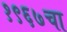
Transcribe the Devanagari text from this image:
१९६७चा